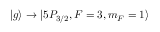
| g \rangle \rightarrow | 5 P _ { 3 / 2 } , F = 3 , m _ { F } = 1 \rangle